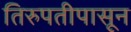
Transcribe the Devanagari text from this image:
तिरुपतीपासून